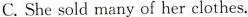
C. She sold many of her clothes.